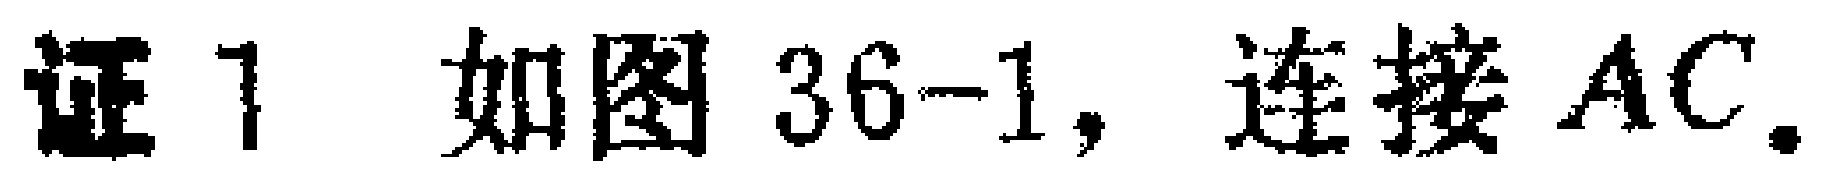
证 1 如图 36-1, 连接 \(AC\).